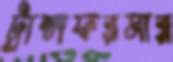
ট্রান্সফরমার